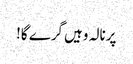
پرنالہ وہیں گرے گا!